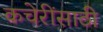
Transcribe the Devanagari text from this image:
कचेरींसाठी